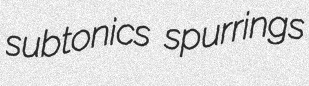
subtonics spurrings